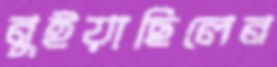
নুইয়াছিলেন